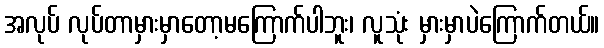
အလုပ် လုပ်တာမှားမှာတော့မကြောက်ပါဘူး၊ လူသုံး မှားမှာပဲကြောက်တယ်။